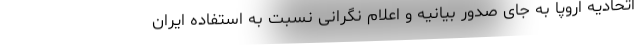
اتحادیه اروپا به جای صدور بیانیه و اعلام نگرانی نسبت به استفاده ایران